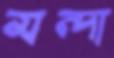
মন্দা